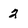
Character: 2